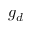
g _ { d }